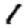
Digit: 1